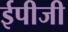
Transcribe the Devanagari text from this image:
ईपीजी